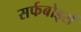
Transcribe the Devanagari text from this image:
सर्फबोर्ड्स